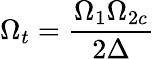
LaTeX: \Omega_{t}=\frac{\Omega_{1}\Omega_{2c}}{2\Delta}